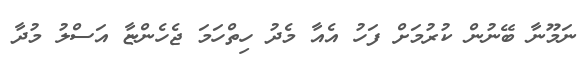
ނަމޫނާ ބޭނުން ކުރުމަށް ފަހު އެއާ މެދު ހިތްހަމަ ޖެހެންޏާ އަސްލު މުދާ